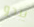
يبدو